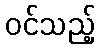
ဝင်သည့်